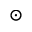
\odot